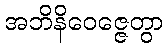
အဘိနိဝေဇ္ဇေတွာ